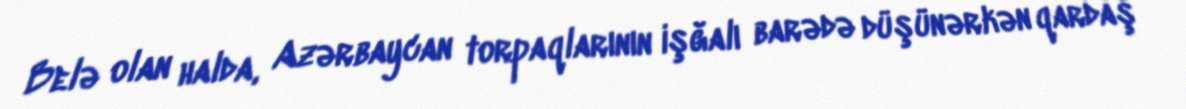
Belə olan halda, Azərbaycan torpaqlarının işğalı barədə düşünərkən qardaş